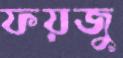
ফয়জু